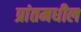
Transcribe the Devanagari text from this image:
प्रांतमधील